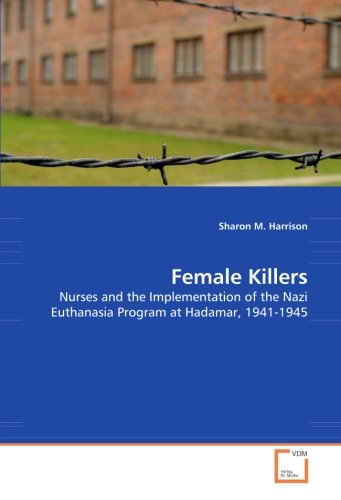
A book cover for Female Killers: Nurses and the Implementation of the Nazi Euthanasia Program at Hadamar, 1941-1945; Sharon M. Harrison; Medical Books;